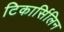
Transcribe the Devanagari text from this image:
टिकार्सिलिन